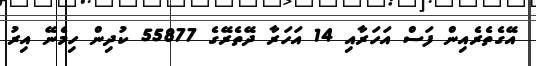
އޭގެތެރެއިން ފަސް އަހަރާއި 14 އަހަރާ ދޭތެރޭގެ 55877 ކުދިން ހިމެނޭ އިރު